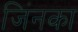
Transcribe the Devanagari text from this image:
जिंनका